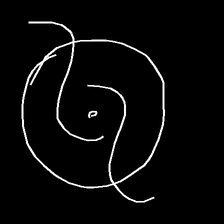
Glyph: repetition